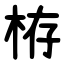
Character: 栫